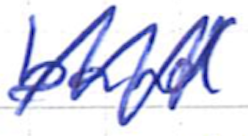
Text: band
Cross-out: zig-zag
Writing tool: ballpoint